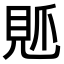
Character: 𧠘